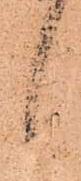
候